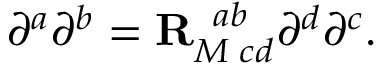
\partial ^ { a } \partial ^ { b } = { \bf R } _ { M \; c d } ^ { \; \; a b } \partial ^ { d } \partial ^ { c } .